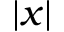
\vert x \vert